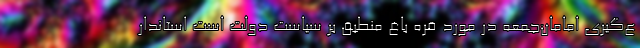
ع‌گیری امامان‌جمعه در مورد قره باغ منطبق بر سیاست دولت است استاندار